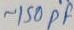
Text: ~150PF